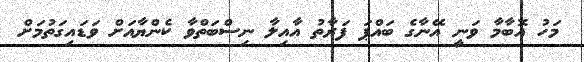
މަހު އޮބާމާ ވަނީ އޭނާގެ ބައްޕަ ފަރާތު އާއިލާ ނިސްބަތްވާ ކެންޔާއަށް ވަޑައިގަތުމަށް